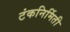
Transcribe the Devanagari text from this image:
टंकनिर्मिती